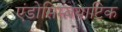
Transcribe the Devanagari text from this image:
एंडोसिम्बयाटिक